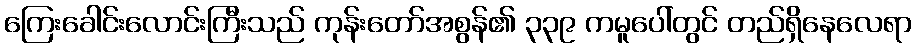
ကြေးခေါင်းလောင်းကြီးသည် ကုန်းတော်အစွန်၏ ၃၃၉ ကမူပေါ်တွင် တည်ရှိနေလေရာ